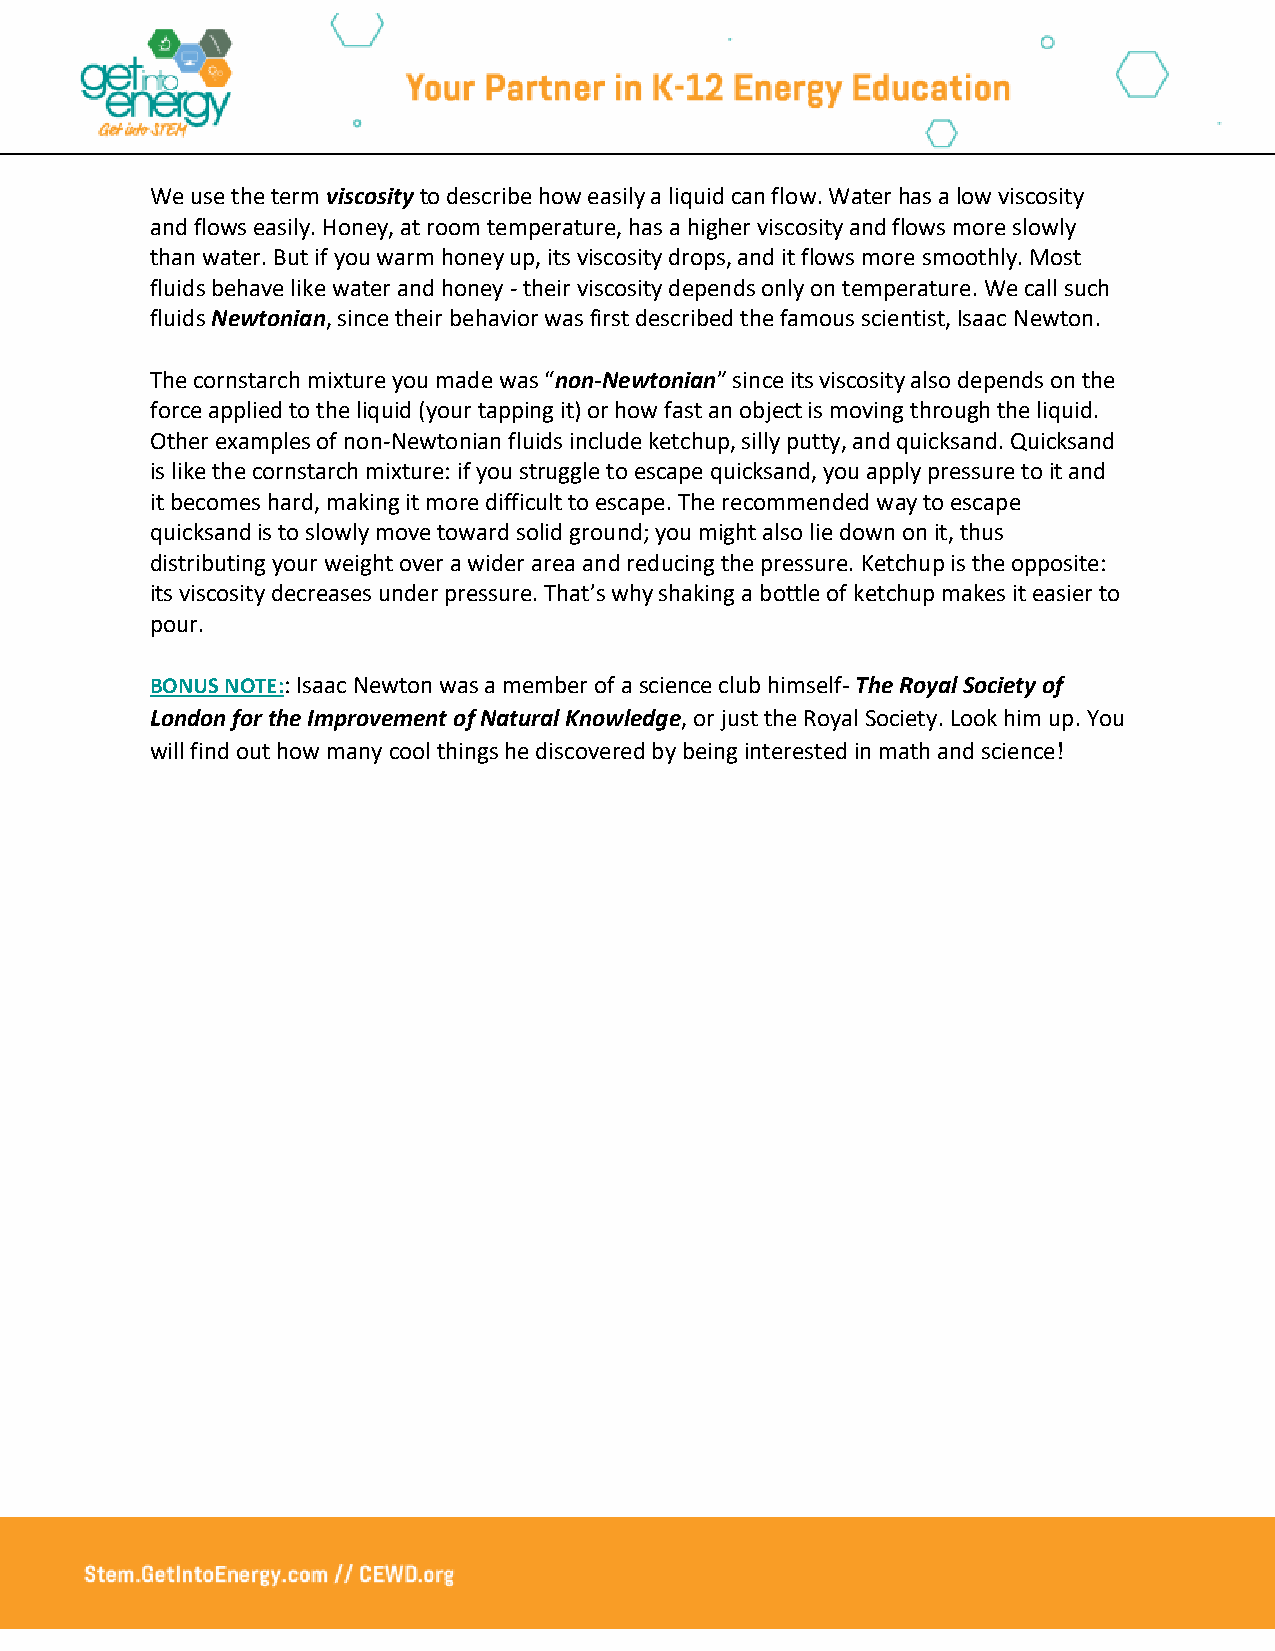
We use the term viscosity to describe how easily a liquid can flow. Water has a low viscosity
 and flows easily. Honey, at room temperature, has a higher viscosity and flows more slowly
 than water. But if you warm honey up, its viscosity drops, and it flows more smoothly. Most
 fluids behave like water and honey - their viscosity depends only on temperature. We call such
 fluids Newtonian, since their behavior was first described the famous scientist, Isaac Newton.
 The cornstarch mixture you made was “non-Newtonian” since its viscosity also depends on the
 force applied to the liquid (your tapping it) or how fast an object is moving through the liquid.
 Other examples of non-Newtonian fluids include ketchup, silly putty, and quicksand. Quicksand
 is like the cornstarch mixture: if you struggle to escape quicksand, you apply pressure to it and
 it becomes hard, making it more difficult to escape. The recommended way to escape
 quicksand is to slowly move toward solid ground; you might also lie down on it, thus
 distributing your weight over a wider area and reducing the pressure. Ketchup is the opposite:
 its viscosity decreases under pressure. That’s why shaking a bottle of ketchup makes it easier to
 pour.
 BONUS NOTE:: Isaac Newton was a member of a science club himself- The Royal Society of
 London for the Improvement of Natural Knowledge, or just the Royal Society. Look him up. You
 will find out how many cool things he discovered by being interested in math and science!